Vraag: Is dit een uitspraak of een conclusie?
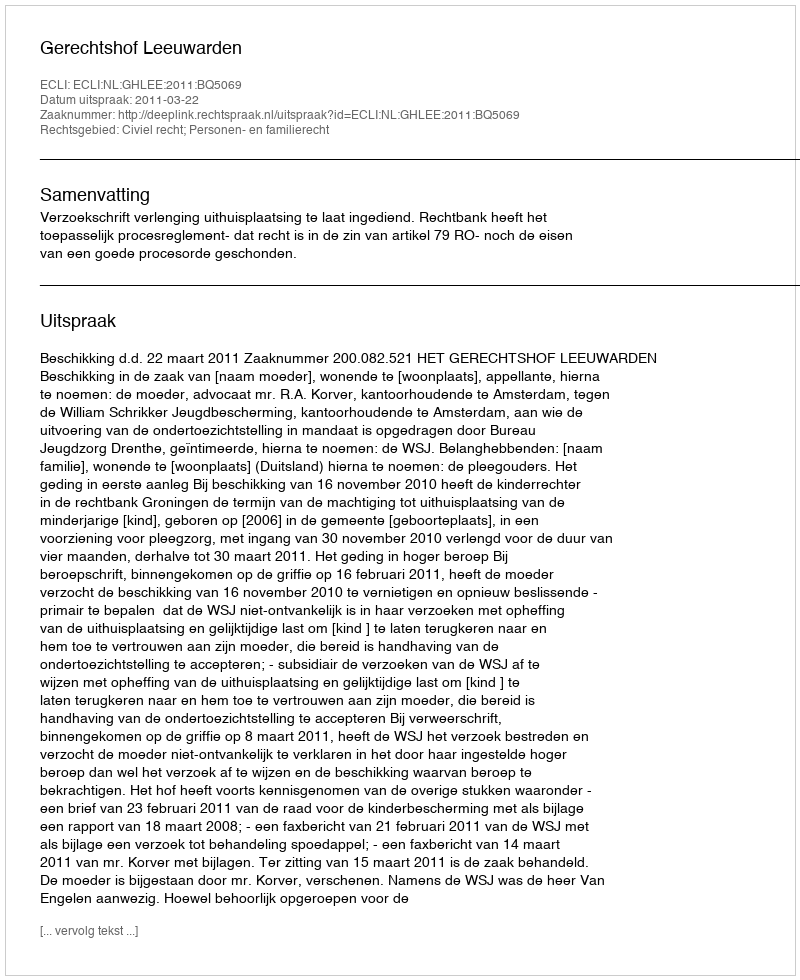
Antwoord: Uitspraak